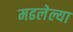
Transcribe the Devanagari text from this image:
मढलेल्या